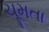
ચૂમતા